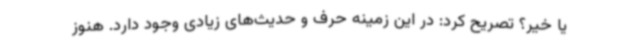
یا خیر؟ تصریح کرد: در این زمینه حرف و حدیث‌های زیادی وجود دارد. هنوز